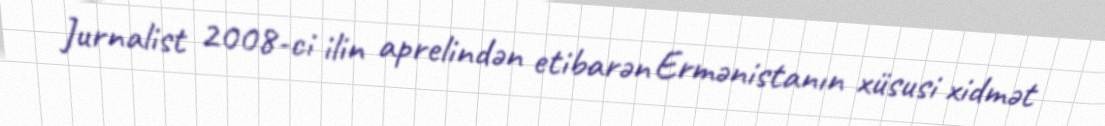
Jurnalist 2008-ci ilin aprelindən etibarən Ermənistanın xüsusi xidmət